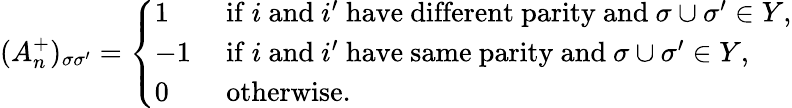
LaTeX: (A_{n}^{+})_{\sigma\sigma^{\prime}}=\left\{ \begin{array}{ll}{1}&{\mathrm{~if~}i\mathrm{~and~}i^{\prime}\mathrm{~have~different~parity~and~}\sigma\cup\sigma^{\prime}\in Y,}\\ {-1}&{\mathrm{~if~}i\mathrm{~and~}i^{\prime}\mathrm{~have~same~parity~and~}\sigma\cup\sigma^{\prime}\in Y,}\\ {0}&{\mathrm{~otherwise.}}\end{array}\right.